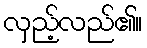
လှည့်လည်၏။